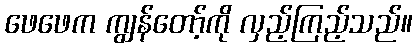
ဖေဖေက ကျွန်တော့်ကို လှည့်ကြည့်သည်။